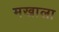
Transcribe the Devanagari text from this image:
मखाला